Vaccine operations Central Provinces & Berar 1922-1929 - 1922-1929
Year: 1922
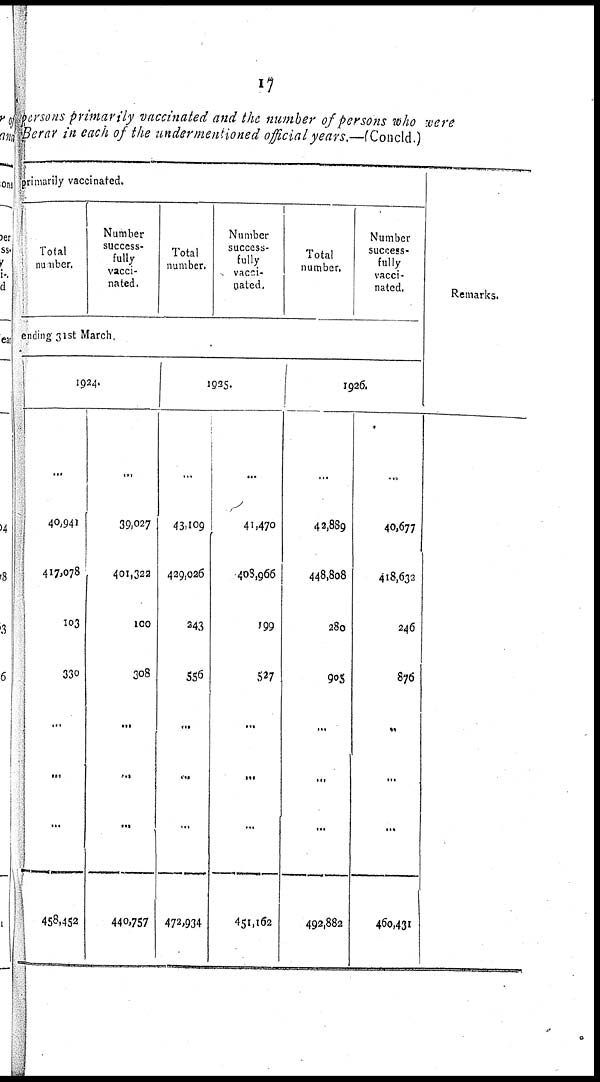
17
persons primarily vaccinated and the number of persons who were
Berar in each of the undermentioned official years.—(Concld.)
primarily vaccinated.
Total
number.
Number
success-
fully
vacci-
nated.
Total
number.
Number
success-
fully
vacci-
nated.
Total
number.
Number
success-
fully
vacci-
nated.
ending 31st March.
1924.
...
40,941
417,078
103
330
...
...
...
458,452
...
39,027
401,322
100
308
...
...
...
440,757
1925.
...
43,109
429,026
243
556
...
...
...
472,934
...
41,470
403,966
199
527
...
...
...
45l,l62
1926.
...
42,889
448,808
280
905
...
...
...
492,882
...
40,677
418,632
246
876
...
...
...
460,431
Remarks.